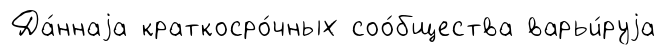
Да́ннаjа краткосро́чных соо́бщества варьи́руjа